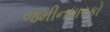
જમીનધારકો